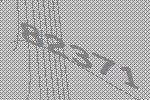
82371